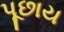
પૂછાય